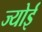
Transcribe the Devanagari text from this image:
ज्योई